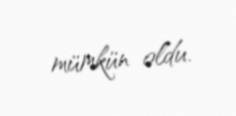
mümkün oldu.